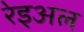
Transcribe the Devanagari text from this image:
रेइअल